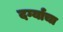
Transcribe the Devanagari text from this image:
दर्ग्याचा